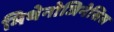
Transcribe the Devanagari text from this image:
मिथेनोजिनेसिस